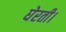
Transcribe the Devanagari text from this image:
घेरती।